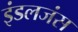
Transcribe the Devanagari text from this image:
इंडलजंस